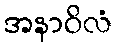
အနာဝိလံ